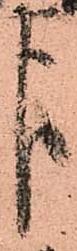
よ